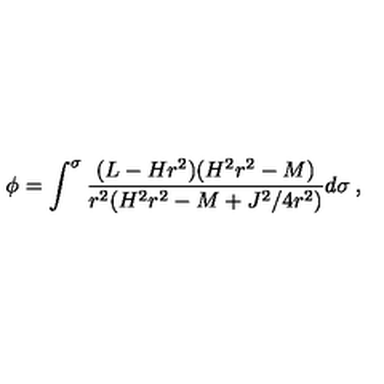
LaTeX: \phi = \int ^ { \sigma } \frac { ( L - H r ^ { 2 } ) ( H ^ { 2 } r ^ { 2 } - M ) } { r ^ { 2 } ( H ^ { 2 } r ^ { 2 } - M + J ^ { 2 } / 4 r ^ { 2 } ) } d \sigma \: ,